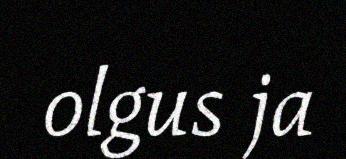
olgus ja